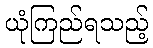
ယုံကြည်ရသည့်